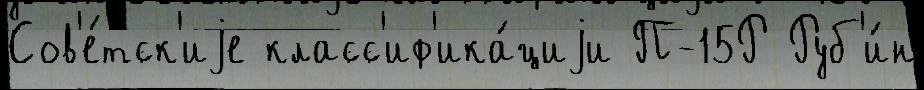
Сов'е́тск'иjе класс'иф'ика́циjи П-15Р Руб'и́н